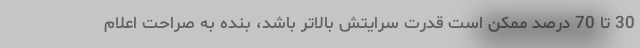
30 تا 70 درصد ممکن است قدرت سرایتش بالاتر باشد، بنده به صراحت اعلام